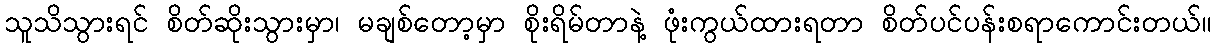
သူသိသွားရင် စိတ်ဆိုးသွားမှာ၊ မချစ်တော့မှာ စိုးရိမ်တာနဲ့ ဖုံးကွယ်ထားရတာ စိတ်ပင်ပန်းစရာကောင်းတယ်။